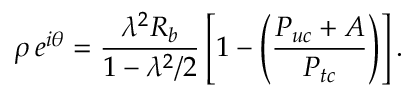
\rho \, e ^ { i \theta } = \frac { \lambda ^ { 2 } R _ { b } } { 1 - \lambda ^ { 2 } / 2 } \left[ 1 - \left( \frac { { \cal P } _ { u c } + { \cal A } } { { \cal P } _ { t c } } \right) \right] .